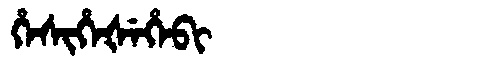
Manchu: ᡥᡝᠰᡳᡥᡝᡧᡝᡥᡝᠪᡳ
Romanization: HESIHEŠEHEBI